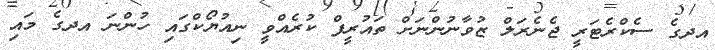
އދގެ ސެކްރެޓަރީ ޖެނެރަލް ޒުވާނުންނަށް ތައުރީފް ކުރެއްވީ ނިއުޔޯކްގައި ހުންނަ އދގެ މައި